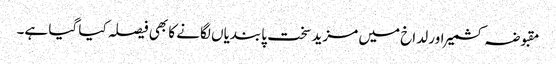
مقبوضہ کشمیر اور لداخ میں مزید سخت پابندیاں لگانے کا بھی فیصلہ کیا گیا ہے۔